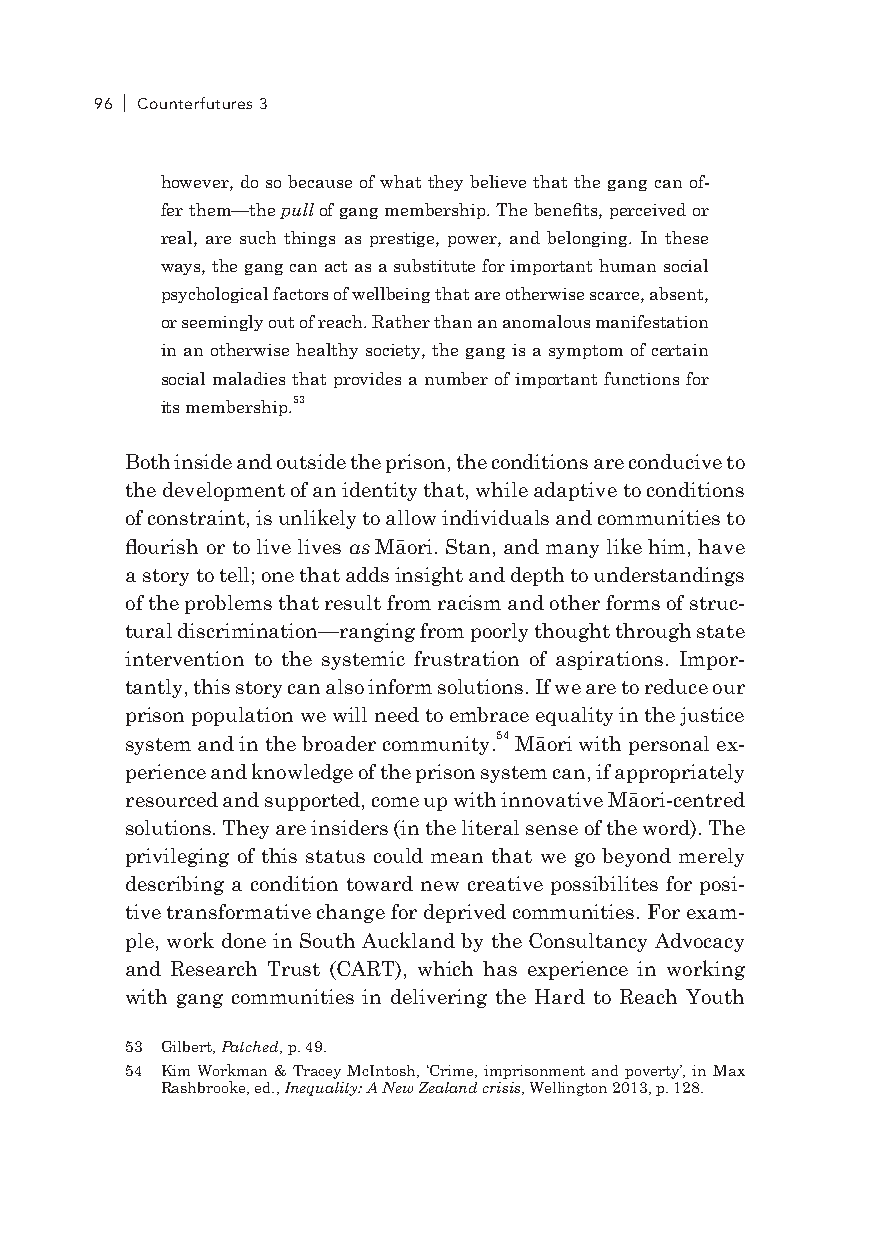
96 Counterfutures 3
 however, do so because of what they believe that the gang can of-
 fer them—the pull of gang membership. The benefits, perceived or
 real, are such things as prestige, power, and belonging. In these
 ways, the gang can act as a substitute for important human social
 psychological factors of wellbeing that are otherwise scarce, absent,
 or seemingly out of reach. Rather than an anomalous manifestation
 in an otherwise healthy society, the gang is a symptom of certain
 social maladies that provides a number of important functions for
 its membership.53
 Both inside and outside the prison, the conditions are conducive to
 the development of an identity that, while adaptive to conditions
 of constraint, is unlikely to allow individuals and communities to
 flourish or to live lives as Māori. Stan, and many like him, have
 a story to tell; one that adds insight and depth to understandings
 of the problems that result from racism and other forms of struc-
 tural discrimination—ranging from poorly thought through state
 intervention to the systemic frustration of aspirations. Impor-
 tantly, this story can also inform solutions. If we are to reduce our
 prison population we will need to embrace equality in the justice
 system and in the broader community.54 Māori with personal ex-
 perience and knowledge of the prison system can, if appropriately
 resourced and supported, come up with innovative Māori-centred
 solutions. They are insiders (in the literal sense of the word). The
 privileging of this status could mean that we go beyond merely
 describing a condition toward new creative possibilites for posi-
 tive transformative change for deprived communities. For exam-
 ple, work done in South Auckland by the Consultancy Advocacy
 and Research Trust (CART), which has experience in working
 with gang communities in delivering the Hard to Reach Youth
 53 Gilbert, Patched, p. 49.
 54 Kim Workman & Tracey McIntosh, ‘Crime, imprisonment and poverty’, in Max
 Rashbrooke, ed., Inequality: A New Zealand crisis, Wellington 2013, p. 128.